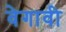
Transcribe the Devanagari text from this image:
वेगावी